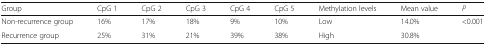
<table><thead><tr><td><b>Group</b></td><td><b>CpG 1</b></td><td><b>CpG 2</b></td><td><b>CpG 3</b></td><td><b>CpG 4</b></td><td><b>CpG 5</b></td><td><b>Methylation levels</b></td><td><b>Mean value</b></td><td><b><i>P</i></b></td></tr></thead><tbody><tr><td>Non-recurrence group</td><td>16%</td><td>17%</td><td>18%</td><td>9%</td><td>10%</td><td>Low</td><td>14.0%</td><td rowspan="2">&lt;0.001</td></tr><tr><td>Recurrence group</td><td>25%</td><td>31%</td><td>21%</td><td>39%</td><td>38%</td><td>High</td><td>30.8%</td></tr></tbody></table>